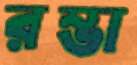
রম্ভা